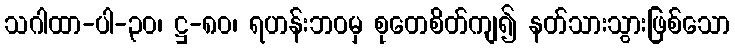
သဂါထာ-ပါ-၃၀၊ ဋ္ဌ-၈၀၊ ရဟန်းဘဝမှ စုတေစိတ်ကျ၍ နတ်သားသွားဖြစ်သော